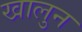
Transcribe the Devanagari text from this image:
खालुन